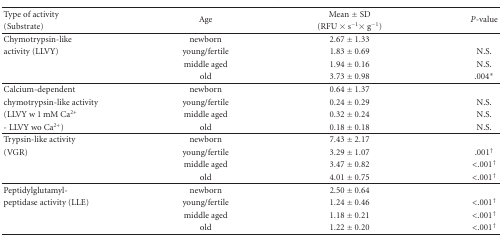
<table><thead><tr><td><b>Type of activity</b></td><td rowspan="2"><b>Age</b></td><td><b>Mean ± SD</b></td><td rowspan="2"><b><i>P</i>-value</b></td></tr><tr><td><b>(Substrate)</b></td><td><b>(RFU × s<sup>−1</sup>× g<sup>−1</sup>) </b></td></tr></thead><tbody><tr><td>Chymotrypsin-like</td><td>newborn</td><td>2.67 ± 1.33</td><td></td></tr><tr><td>activity (LLVY)</td><td>young/fertile</td><td>1.83 ± 0.69</td><td>N.S.</td></tr><tr><td></td><td>middle aged</td><td>1.94 ± 0.16</td><td>N.S.</td></tr><tr><td></td><td>old</td><td>3.73 ± 0.98</td><td>.004*</td></tr><tr><td>Calcium-dependent</td><td>newborn</td><td>0.64 ± 1.37</td><td></td></tr><tr><td>chymotrypsin-like activity</td><td>young/fertile</td><td>0.24 ± 0.29</td><td>N.S.</td></tr><tr><td>(LLVY w 1 mM Ca<sup>2+</sup></td><td>middle aged</td><td>0.32 ± 0.24</td><td>N.S.</td></tr><tr><td>- LLVY wo Ca<sup>2+</sup>)</td><td>old</td><td>0.18 ± 0.18</td><td>N.S. </td></tr><tr><td>Trypsin-like activity</td><td>newborn</td><td>7.43 ± 2.17</td><td></td></tr><tr><td>(VGR)</td><td>young/fertile</td><td>3.29 ± 1.07</td><td>.001<sup>†</sup></td></tr><tr><td></td><td>middle aged</td><td>3.47 ± 0.82</td><td>&lt;.001<sup>†</sup></td></tr><tr><td></td><td>old</td><td>4.01 ± 0.75</td><td>&lt;.001<sup>†</sup></td></tr><tr><td>Peptidylglutamyl-</td><td>newborn</td><td>2.50 ± 0.64</td><td></td></tr><tr><td>peptidase activity (LLE)</td><td>young/fertile</td><td>1.24 ± 0.46</td><td>&lt;.001<sup>†</sup></td></tr><tr><td></td><td>middle aged</td><td>1.18 ± 0.21</td><td>&lt;.001<sup>†</sup></td></tr><tr><td></td><td>old</td><td>1.22 ± 0.20</td><td>&lt;.001<sup>†</sup></td></tr></tbody></table>